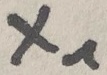
Text: X1